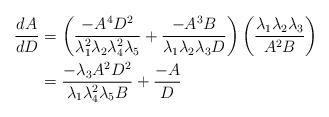
LaTeX: \begin{align*}\frac{dA}{dD}&=\left(\frac{-A^4D^2}{\lambda_1^2\lambda_2\lambda_4^2\lambda_5}+\frac{-A^3B}{\lambda_1\lambda_2\lambda_3D}\right)\left(\frac{\lambda_1\lambda_2\lambda_3}{A^2B}\right)\\&=\frac{-\lambda_3A^2D^2}{\lambda_1\lambda_4^2\lambda_5B}+\frac{-A}{D}\end{align*}